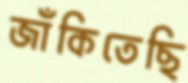
জাঁকিতেছি